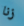
زنا